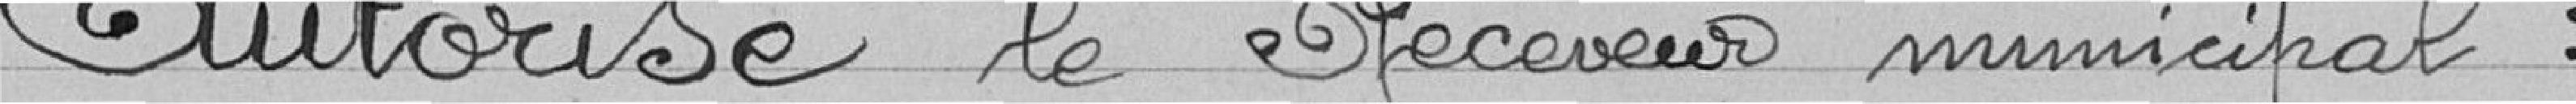
Autorise le Receveur municipal